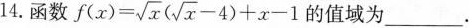
14.函数 $$f(x)= \sqrt{x}(\sqrt{x}-4)+x-1$$ 的值域为___.